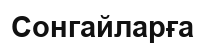
Сонгайларға